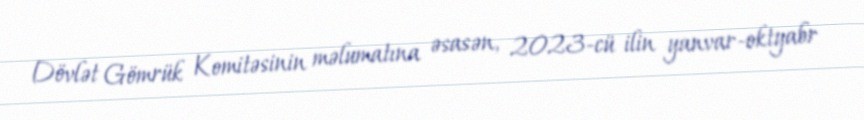
Dövlət Gömrük Komitəsinin məlumatına əsasən, 2023-cü ilin yanvar-oktyabr